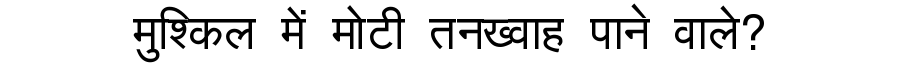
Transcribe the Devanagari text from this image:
मुश्किल में मोटी तनख्वाह पाने वाले?